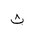
Letter: _tha